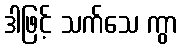
ဒါဖြင့် သက်သေ ကွာ